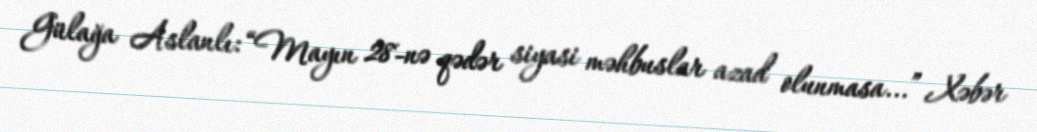
Gülağa Aslanlı: “Mayın 28-nə qədər siyasi məhbuslar azad olunmasa...” Xəbər